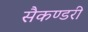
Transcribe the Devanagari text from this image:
सैकण्‍डरी